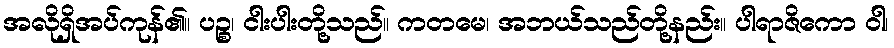
အလိုရှိအပ်ကုန်၏။ ပဉ္စ၊ ငါးပါးတို့သည်။ ကတမေ၊ အဘယ်သည်တို့နည်း။ ပါရာဇိကော ဝါ၊